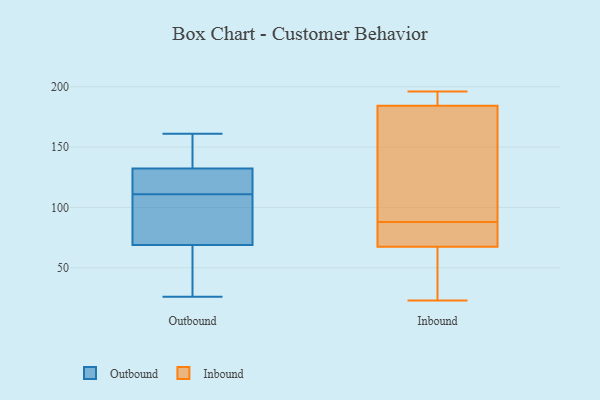
{"axis": {"x": "Net Income (USD K)", "y": "Value"}, "legend": ["Inbound", "Outbound"], "data": [{"x": "", "y": 63, "type": "Outbound"}, {"x": "", "y": 87, "type": "Outbound"}, {"x": "", "y": 28, "type": "Outbound"}, {"x": "", "y": 142, "type": "Outbound"}, {"x": "", "y": 106, "type": "Outbound"}, {"x": "", "y": 134, "type": "Outbound"}, {"x": "", "y": 55, "type": "Outbound"}, {"x": "", "y": 145, "type": "Outbound"}, {"x": "", "y": 127, "type": "Outbound"}, {"x": "", "y": 119, "type": "Outbound"}, {"x": "", "y": 26, "type": "Outbound"}, {"x": "", "y": 161, "type": "Outbound"}, {"x": "", "y": 127, "type": "Outbound"}, {"x": "", "y": 93, "type": "Outbound"}, {"x": "", "y": 111, "type": "Outbound"}, {"x": "", "y": 184, "type": "Inbound"}, {"x": "", "y": 104, "type": "Inbound"}, {"x": "", "y": 191, "type": "Inbound"}, {"x": "", "y": 69, "type": "Inbound"}, {"x": "", "y": 86, "type": "Inbound"}, {"x": "", "y": 157, "type": "Inbound"}, {"x": "", "y": 189, "type": "Inbound"}, {"x": "", "y": 45, "type": "Inbound"}, {"x": "", "y": 66, "type": "Inbound"}, {"x": "", "y": 68, "type": "Inbound"}, {"x": "", "y": 196, "type": "Inbound"}, {"x": "", "y": 185, "type": "Inbound"}, {"x": "", "y": 85, "type": "Inbound"}, {"x": "", "y": 88, "type": "Inbound"}, {"x": "", "y": 23, "type": "Inbound"}, {"x": "", "y": 120, "type": "Inbound"}, {"x": "", "y": 57, "type": "Inbound"}]}